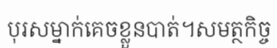
បុរសម្នាក់គេចខ្លួនបាត់។សមត្ថកិច្ច